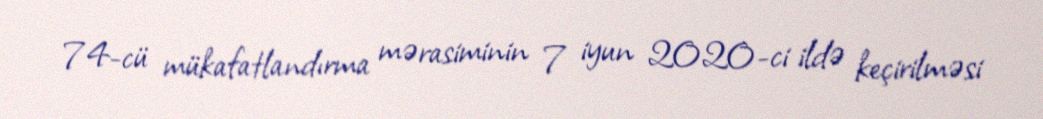
74-cü mükafatlandırma mərasiminin 7 iyun 2020-ci ildə keçirilməsi